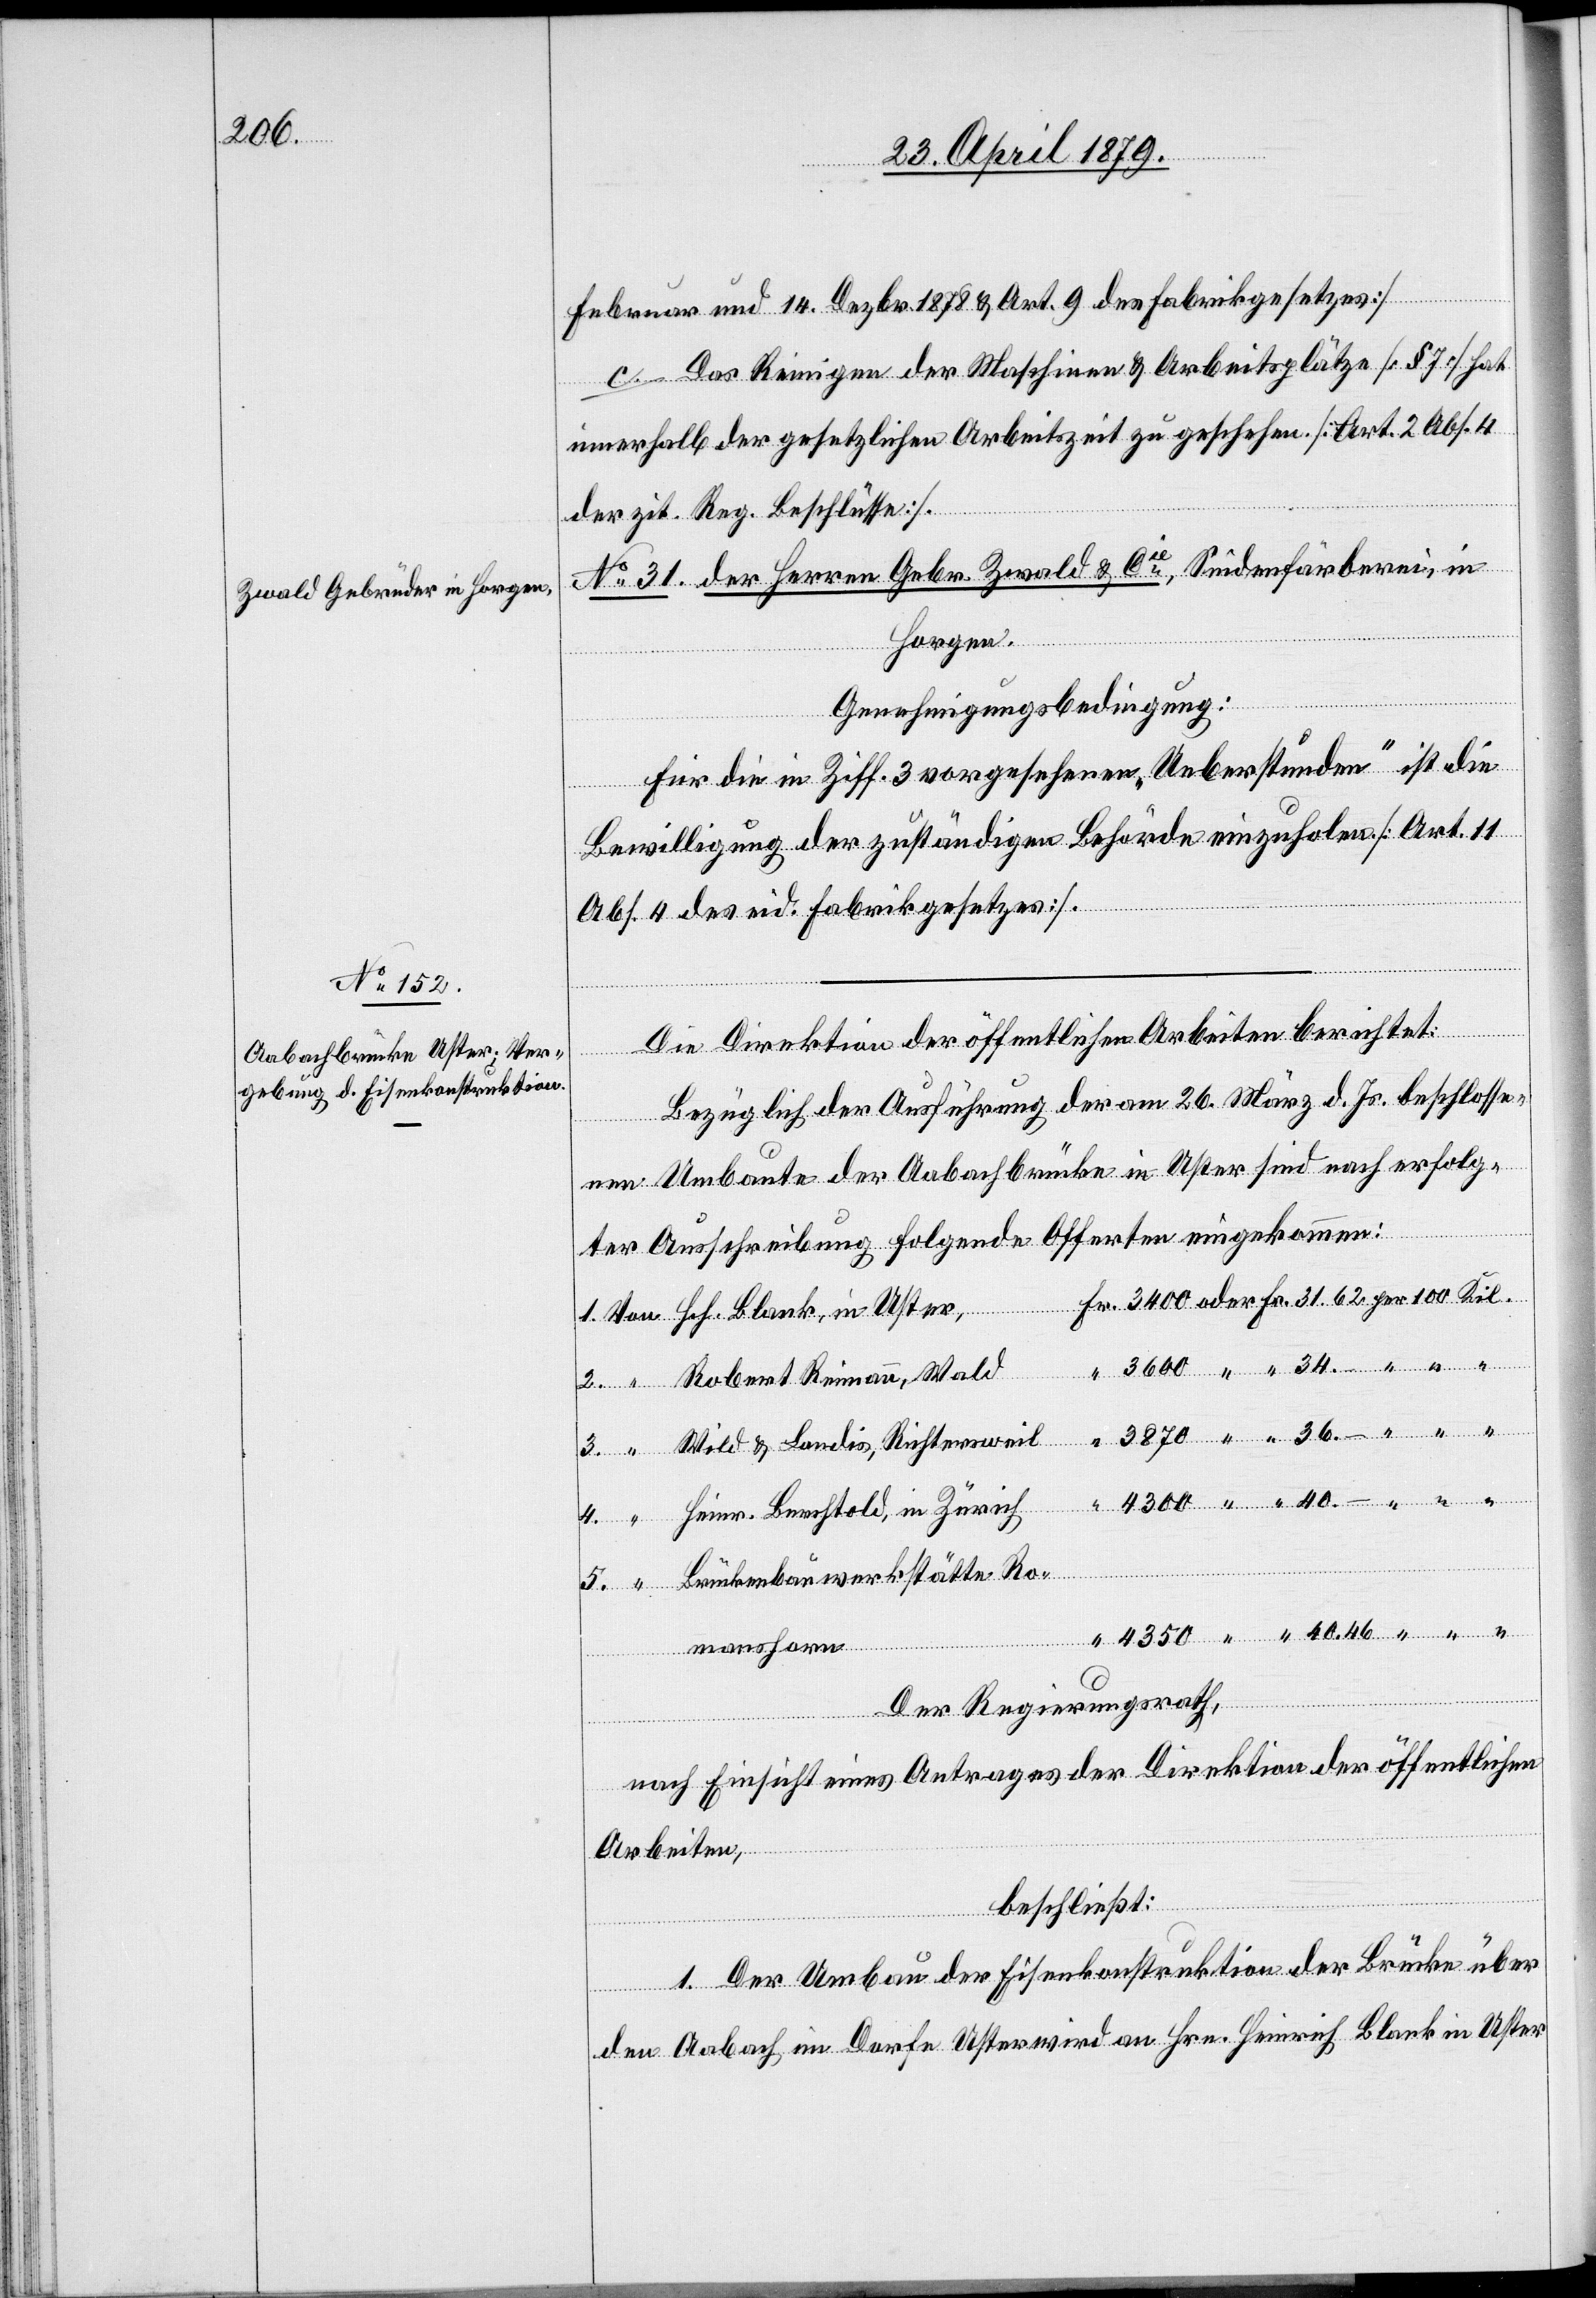
40.46

Februar und 14. Dezbr. 1878 & Art. 9 des Fabrikgesetzes]
c. Das Reinigen der Maschinen & Arbeitsplätze [§ 7] hat
innerhalb der gesetzlichen Arbeitszeit zu geschehen. [Art. 2 Abs. 4
der zit. Reg. Beschlüsse].
No 31. der Herren Gebr. Zwald & Cie, Seidenfärberei, in
in
Horgen.
Genehmigungsbedingung:
Für die in Ziff. 3 vorgesehenen „Ueberstunden“ ist die
Bewilligung der zuständigen Behörde einzuholen. [Art. 11
Abs. 4 des eid. Fabrikgesetzes].
Die Direktion der öffentlichen Arbeiten berichtet:
Wald
Bezüglich der Ausführung der am 26. März d. Js. beschlosse¬
nen Umbaute der Aabachbrücke in Uster sind nach erfolg¬
ter Ausschreibung folgende Offerten eingekommen:
Wild & Landis, Richtersweil
mann,
Heinr. Berchtold, in Zürich
4350
Brückenbauwerkstätte Ro¬
manshorn
Der Regierungsrath,
nach Einsicht eines Antrages der Direktion der öffentlichen
Arbeiten,
beschließt:
1. Der Umbau der Eisenkonstruktion der Brücke über
den Aabach im Dorfe Uster wird an Hrn. Heinrich Blank in Uster